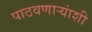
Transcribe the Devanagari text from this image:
पाठवणाऱ्यांशी